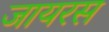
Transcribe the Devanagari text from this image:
जायरस